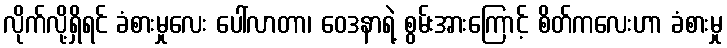
လိုက်လို့ရှိရင် ခံစားမှုလေး ပေါ်လာတာ၊ ဝေဒနာရဲ့ စွမ်းအားကြောင့် စိတ်ကလေးဟာ ခံစားမှု